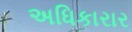
અધિકારાર